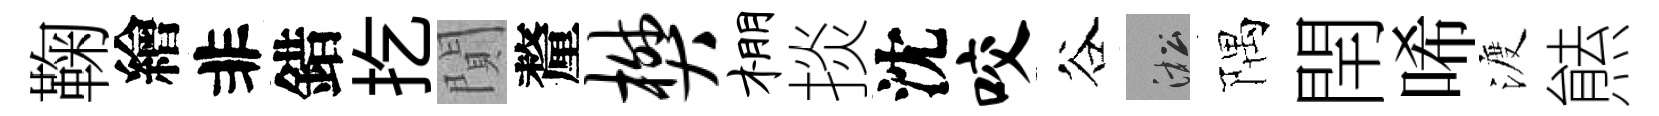
鞠繪非錯扢閴釐樊棚掞沈咬谷淞隅閈唏渡㷱